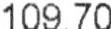
109.70